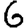
Digit: 6